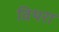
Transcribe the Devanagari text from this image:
विथरा